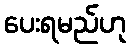
ပေးရမည်ဟု